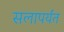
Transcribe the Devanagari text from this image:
सलापर्यंत